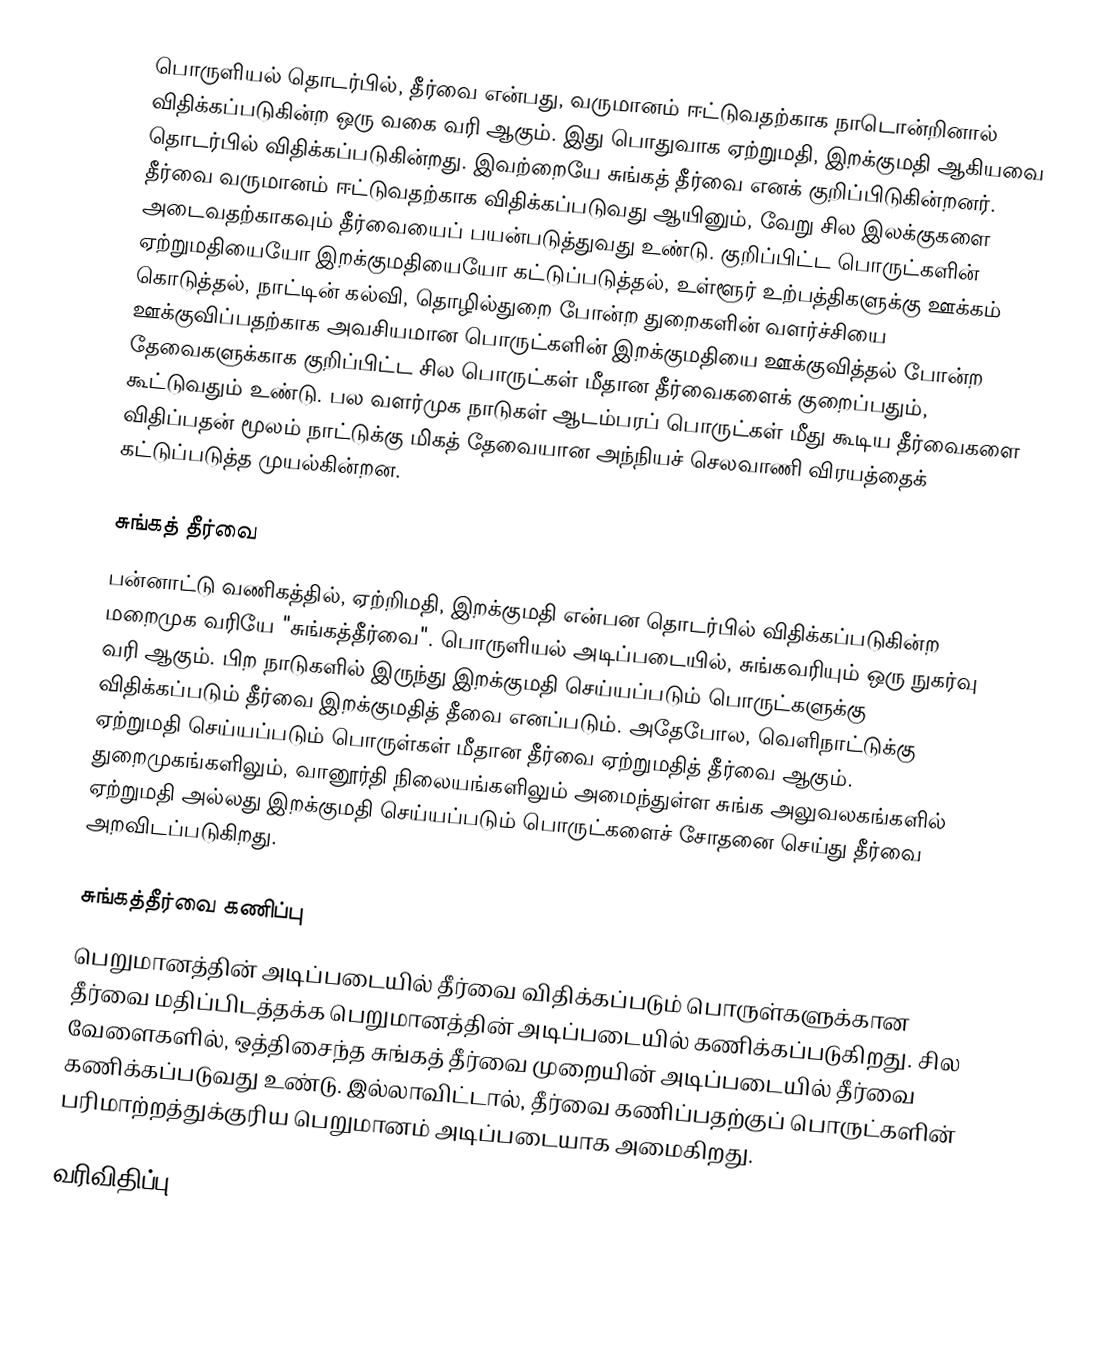
பொருளியல் தொடர்பில், தீர்வை என்பது, வருமானம் ஈட்டுவதற்காக நாடொன்றினால் விதிக்கப்படுகின்ற ஒரு வகை வரி ஆகும். இது பொதுவாக ஏற்றுமதி, இறக்குமதி ஆகியவை தொடர்பில் விதிக்கப்படுகின்றது. இவற்றையே சுங்கத் தீர்வை எனக் குறிப்பிடுகின்றனர். தீர்வை வருமானம் ஈட்டுவதற்காக விதிக்கப்படுவது ஆயினும், வேறு சில இலக்குகளை அடைவதற்காகவும் தீர்வையைப் பயன்படுத்துவது உண்டு. குறிப்பிட்ட பொருட்களின் ஏற்றுமதியையோ இறக்குமதியையோ கட்டுப்படுத்தல், உள்ளூர் உற்பத்திகளுக்கு ஊக்கம் கொடுத்தல், நாட்டின் கல்வி, தொழில்துறை போன்ற துறைகளின் வளர்ச்சியை ஊக்குவிப்பதற்காக அவசியமான பொருட்களின் இறக்குமதியை ஊக்குவித்தல் போன்ற தேவைகளுக்காக குறிப்பிட்ட சில பொருட்கள் மீதான தீர்வைகளைக் குறைப்பதும், கூட்டுவதும் உண்டு. பல வளர்முக நாடுகள் ஆடம்பரப் பொருட்கள் மீது கூடிய தீர்வைகளை விதிப்பதன் மூலம் நாட்டுக்கு மிகத் தேவையான அந்நியச் செலவாணி விரயத்தைக் கட்டுப்படுத்த முயல்கின்றன.

சுங்கத் தீர்வை
பன்னாட்டு வணிகத்தில், ஏற்றிமதி, இறக்குமதி என்பன தொடர்பில் விதிக்கப்படுகின்ற மறைமுக வரியே "சுங்கத்தீர்வை". பொருளியல் அடிப்படையில், சுங்கவரியும் ஒரு நுகர்வு வரி ஆகும். பிற நாடுகளில் இருந்து இறக்குமதி செய்யப்படும் பொருட்களுக்கு விதிக்கப்படும் தீர்வை இறக்குமதித் தீவை எனப்படும். அதேபோல, வெளிநாட்டுக்கு ஏற்றுமதி செய்யப்படும் பொருள்கள் மீதான தீர்வை ஏற்றுமதித் தீர்வை ஆகும். துறைமுகங்களிலும், வானூர்தி நிலையங்களிலும் அமைந்துள்ள சுங்க அலுவலகங்களில் ஏற்றுமதி அல்லது இறக்குமதி செய்யப்படும் பொருட்களைச் சோதனை செய்து தீர்வை அறவிடப்படுகிறது.

சுங்கத்தீர்வை கணிப்பு
பெறுமானத்தின் அடிப்படையில் தீர்வை விதிக்கப்படும் பொருள்களுக்கான தீர்வை மதிப்பிடத்தக்க பெறுமானத்தின் அடிப்படையில் கணிக்கப்படுகிறது. சில வேளைகளில், ஒத்திசைந்த சுங்கத் தீர்வை முறையின் அடிப்படையில் தீர்வை கணிக்கப்படுவது உண்டு. இல்லாவிட்டால், தீர்வை கணிப்பதற்குப் பொருட்களின் பரிமாற்றத்துக்குரிய பெறுமானம் அடிப்படையாக அமைகிறது.

வரிவிதிப்பு